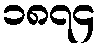
၁၈၇၄